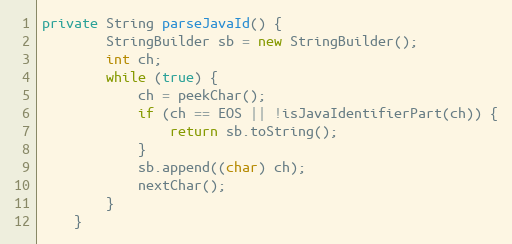
Language: Java
private String parseJavaId() {
		StringBuilder sb = new StringBuilder();
		int ch;
		while (true) {
			ch = peekChar();
			if (ch == EOS || !isJavaIdentifierPart(ch)) {
				return sb.toString();
			}
			sb.append((char) ch);
			nextChar();
		}
	}